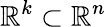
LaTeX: \mathbb{R}^{k}\subset\mathbb{R}^{n}